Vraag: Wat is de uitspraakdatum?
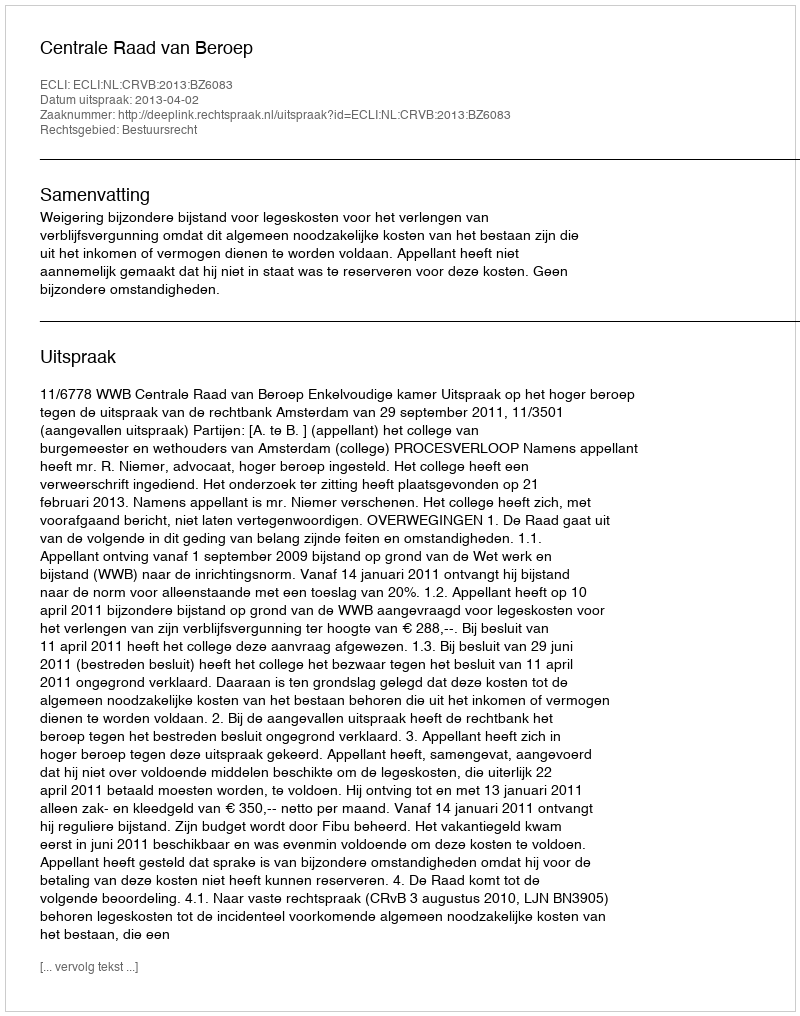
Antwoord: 2013-04-02